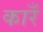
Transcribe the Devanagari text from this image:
कारँ